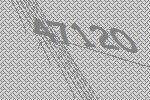
47120